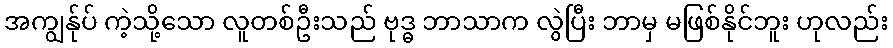
အကျွန်ုပ် ကဲ့သို့သော လူတစ်ဦးသည် ဗုဒ္ဓ ဘာသာက လွဲပြီး ဘာမှ မဖြစ်နိုင်ဘူး ဟုလည်း